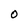
Character: O